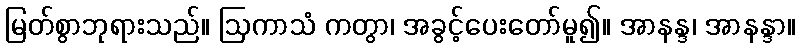
မြတ်စွာဘုရားသည်။ ဩကာသံ ကတွာ၊ အခွင့်ပေးတော်မူ၍။ အာနန္ဒ၊ အာနန္ဒာ။